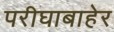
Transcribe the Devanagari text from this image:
परीघाबाहेर